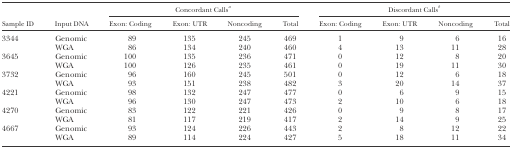
<table><thead><tr><td></td><td></td><td colspan="4"><b>Concordant Calls<i><sup>a</sup></i></b></td><td colspan="4"><b>Discordant Calls<i><sup>b</sup></i></b></td></tr><tr><td><b>Sample ID</b></td><td><b>Input DNA</b></td><td><b>Exon: Coding</b></td><td><b>Exon: UTR</b></td><td><b>Noncoding</b></td><td><b>Total</b></td><td><b>Exon: Coding</b></td><td><b>Exon: UTR</b></td><td><b>Noncoding</b></td><td><b>Total</b></td></tr></thead><tbody><tr><td>3344</td><td>Genomic</td><td>89</td><td>135</td><td>245</td><td>469</td><td>1</td><td>9</td><td>6</td><td>16</td></tr><tr><td></td><td>WGA</td><td>86</td><td>134</td><td>240</td><td>460</td><td>4</td><td>13</td><td>11</td><td>28</td></tr><tr><td>3645</td><td>Genomic</td><td>100</td><td>135</td><td>236</td><td>471</td><td>0</td><td>12</td><td>8</td><td>20</td></tr><tr><td></td><td>WGA</td><td>100</td><td>126</td><td>235</td><td>461</td><td>0</td><td>19</td><td>11</td><td>30</td></tr><tr><td>3732</td><td>Genomic</td><td>96</td><td>160</td><td>245</td><td>501</td><td>0</td><td>12</td><td>6</td><td>18</td></tr><tr><td></td><td>WGA</td><td>93</td><td>151</td><td>238</td><td>482</td><td>3</td><td>20</td><td>14</td><td>37</td></tr><tr><td>4221</td><td>Genomic</td><td>98</td><td>132</td><td>247</td><td>477</td><td>0</td><td>6</td><td>9</td><td>15</td></tr><tr><td></td><td>WGA</td><td>96</td><td>130</td><td>247</td><td>473</td><td>2</td><td>10</td><td>6</td><td>18</td></tr><tr><td>4270</td><td>Genomic</td><td>83</td><td>122</td><td>221</td><td>426</td><td>0</td><td>9</td><td>8</td><td>17</td></tr><tr><td></td><td>WGA</td><td>81</td><td>117</td><td>219</td><td>417</td><td>2</td><td>14</td><td>9</td><td>25</td></tr><tr><td>4667</td><td>Genomic</td><td>93</td><td>124</td><td>226</td><td>443</td><td>2</td><td>8</td><td>12</td><td>22</td></tr><tr><td></td><td>WGA</td><td>89</td><td>114</td><td>224</td><td>427</td><td>5</td><td>18</td><td>11</td><td>34</td></tr></tbody></table>